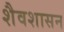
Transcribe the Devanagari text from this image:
शैवशासन